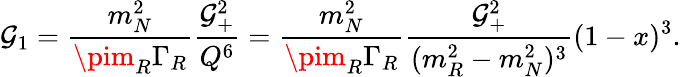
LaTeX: \mathcal{G}_{1}={\frac{{m_{N}^{2}}}{{\pim_{R}\Gamma_{R}}}}{\frac{{\mathcal{G}_{+}^{2}}}{{Q^{6}}}}={\frac{{m_{N}^{2}}}{{\pim_{R}\Gamma_{R}}}}{\frac{{\mathcal{G}_{+}^{2}}}{{(m_{R}^{2}-m_{N}^{2})^{3}}}}(1-x)^{3}.